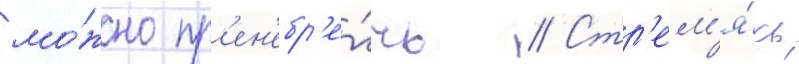
мо́жно пр'ен'ебр'е́чь // Стр'ем'я́сь